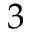
3